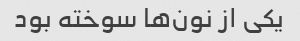
یکی از نون‌ها سوخته بود